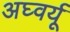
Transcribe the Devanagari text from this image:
अघ्वर्यू